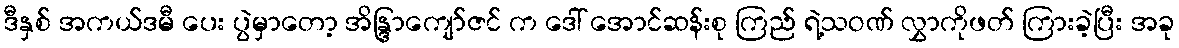
ဒီနှစ် အကယ်ဒမီ ပေး ပွဲမှာတော့ အိန္ဒြာကျော်ဇင် က ဒေါ် အောင်ဆန်းစု ကြည် ရဲ့သဝဏ် လွှာကိုဖတ် ကြားခဲ့ပြီး အခု